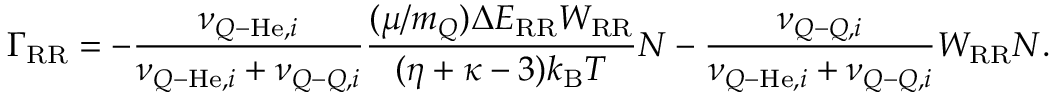
\Gamma _ { \mathrm { R R } } = - \frac { \nu _ { Q \mathrm { - } \mathrm { H e } , i } } { \nu _ { Q \mathrm { - } \mathrm { H e } , i } + \nu _ { Q \mathrm { - } Q , i } } \frac { ( \mu / m _ { Q } ) \Delta E _ { \mathrm { R R } } W _ { \mathrm { R R } } } { ( \eta + \kappa - 3 ) k _ { \mathrm { B } } T } N - \frac { \nu _ { Q \mathrm { - } Q , i } } { \nu _ { Q \mathrm { - } \mathrm { H e } , i } + \nu _ { Q \mathrm { - } Q , i } } W _ { \mathrm { R R } } N .